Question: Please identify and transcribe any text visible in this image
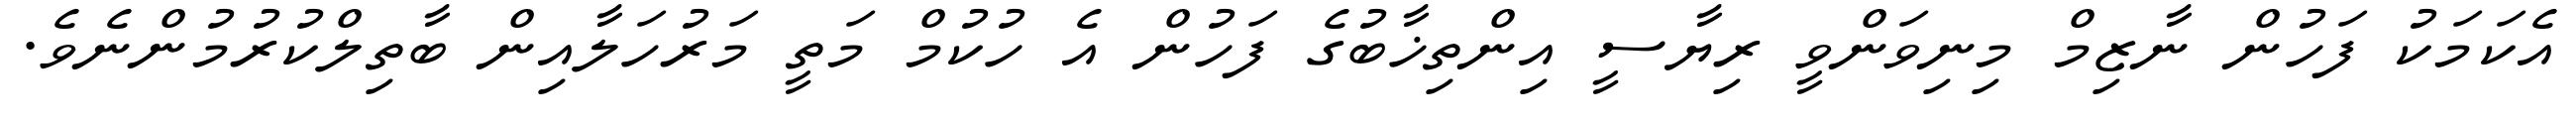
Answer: އެކަމަކު ފަހުން ނާޒިމް މިނިވަންވީ ރިޔާސީ އިންތިޚާބުގެ ފަހުން އެ ހުކުމް މަތީ މަރުހަލާއިން ބާތިލްކުރުމުންނެވެ.